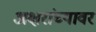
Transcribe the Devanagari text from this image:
अक्षरांच्यावर